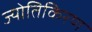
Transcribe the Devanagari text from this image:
ज्योतिकिरण